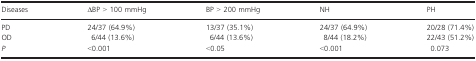
<table><thead><tr><td><b>Diseases</b></td><td><b>ΔBP &gt; 100 mmHg</b></td><td><b>BP &gt; 200 mmHg</b></td><td><b>NH</b></td><td><b>PH</b></td></tr></thead><tbody><tr><td>PD</td><td>24/37 (64.9%)</td><td>13/37 (35.1%)</td><td>24/37 (64.9%)</td><td>20/28 (71.4%)</td></tr><tr><td>OD</td><td>6/44 (13.6%)</td><td>6/44 (13.6%)</td><td>8/44 (18.2%)</td><td>22/43 (51.2%)</td></tr><tr><td><i>P</i></td><td>&lt;0.001</td><td>&lt;0.05</td><td>&lt;0.001</td><td>0.073</td></tr></tbody></table>